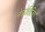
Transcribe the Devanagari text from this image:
नेक्रोतिज़िंग